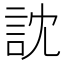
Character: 訦